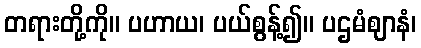
တရားတို့ကို။ ပဟာယ၊ ပယ်စွန့်၍။ ပဌမံဈာနံ၊